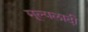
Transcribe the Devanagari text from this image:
मूल्यलादी